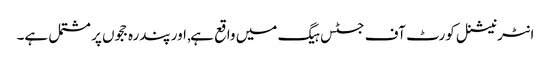
انٹرنیشنل کورٹ آف جسٹس ہیگ میں واقع ہے, اور پندرہ ججوں پر مشتمل ہے۔